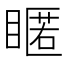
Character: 䁥